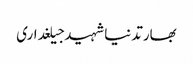
بھارتدنیاشہیدجیلغداری